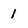
Character: 1